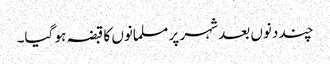
چند دنوں بعد شہر پر مسلمانوں کا قبضہ ہو گیا۔